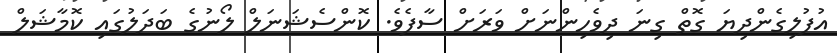
އުފުލިގެންދިޔަ ގޮތް ގިނަ ދިވެހިންނަށް ވަރަށް ސާފެވެ. ކޮންސެޝަނަލް ލޯނުގެ ބަދަލުގައި ކޮމާޝަލް